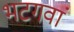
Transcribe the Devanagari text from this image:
भटगवां